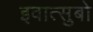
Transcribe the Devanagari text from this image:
इवात्सुबो